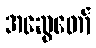
အဆွေတော်